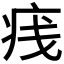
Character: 𪽭